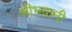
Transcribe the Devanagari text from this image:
श्रीभवानी